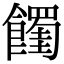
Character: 𩟉